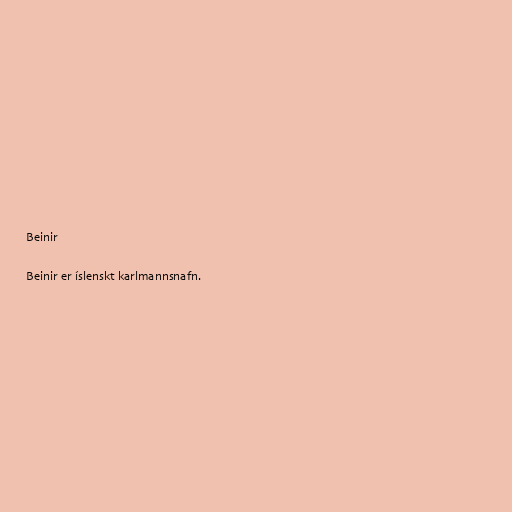
Beinir

Beinir er íslenskt karlmannsnafn.